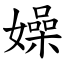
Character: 嬠